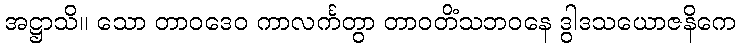
အဋ္ဌာသိ။ သော တာဝဒေဝ ကာလင်္ကတွာ တာဝတိံသဘဝနေ ဒွါဒသယောဇနိကေ